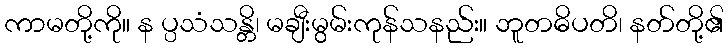
ကာမတို့ကို။ န ပ္ပသံသန္တိ၊ မချီးမွမ်းကုန်သနည်း။ ဘူတဓိပတိ၊ နတ်တို့၏